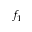
f _ { 1 }